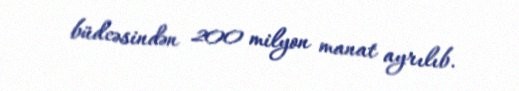
büdcəsindən 200 milyon manat ayrılıb.